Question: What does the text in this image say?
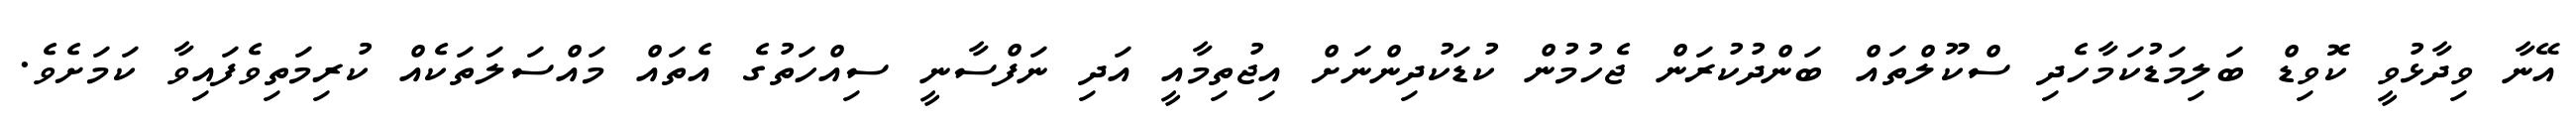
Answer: އޭނާ ވިދާޅުވީ ކޮވިޑް ބަލިމަޑުކަމާހެދި ސްކޫލްތައް ބަންދުކުރަން ޖެހުމުން ކުޑަކުދިންނަށް އިޖުތިމާއީ އަދި ނަފްސާނީ ސިއްހަތުގެ އެތައް މައްސަލަތަކެއް ކުރިމަތިވެފައިވާ ކަމަށެވެ.